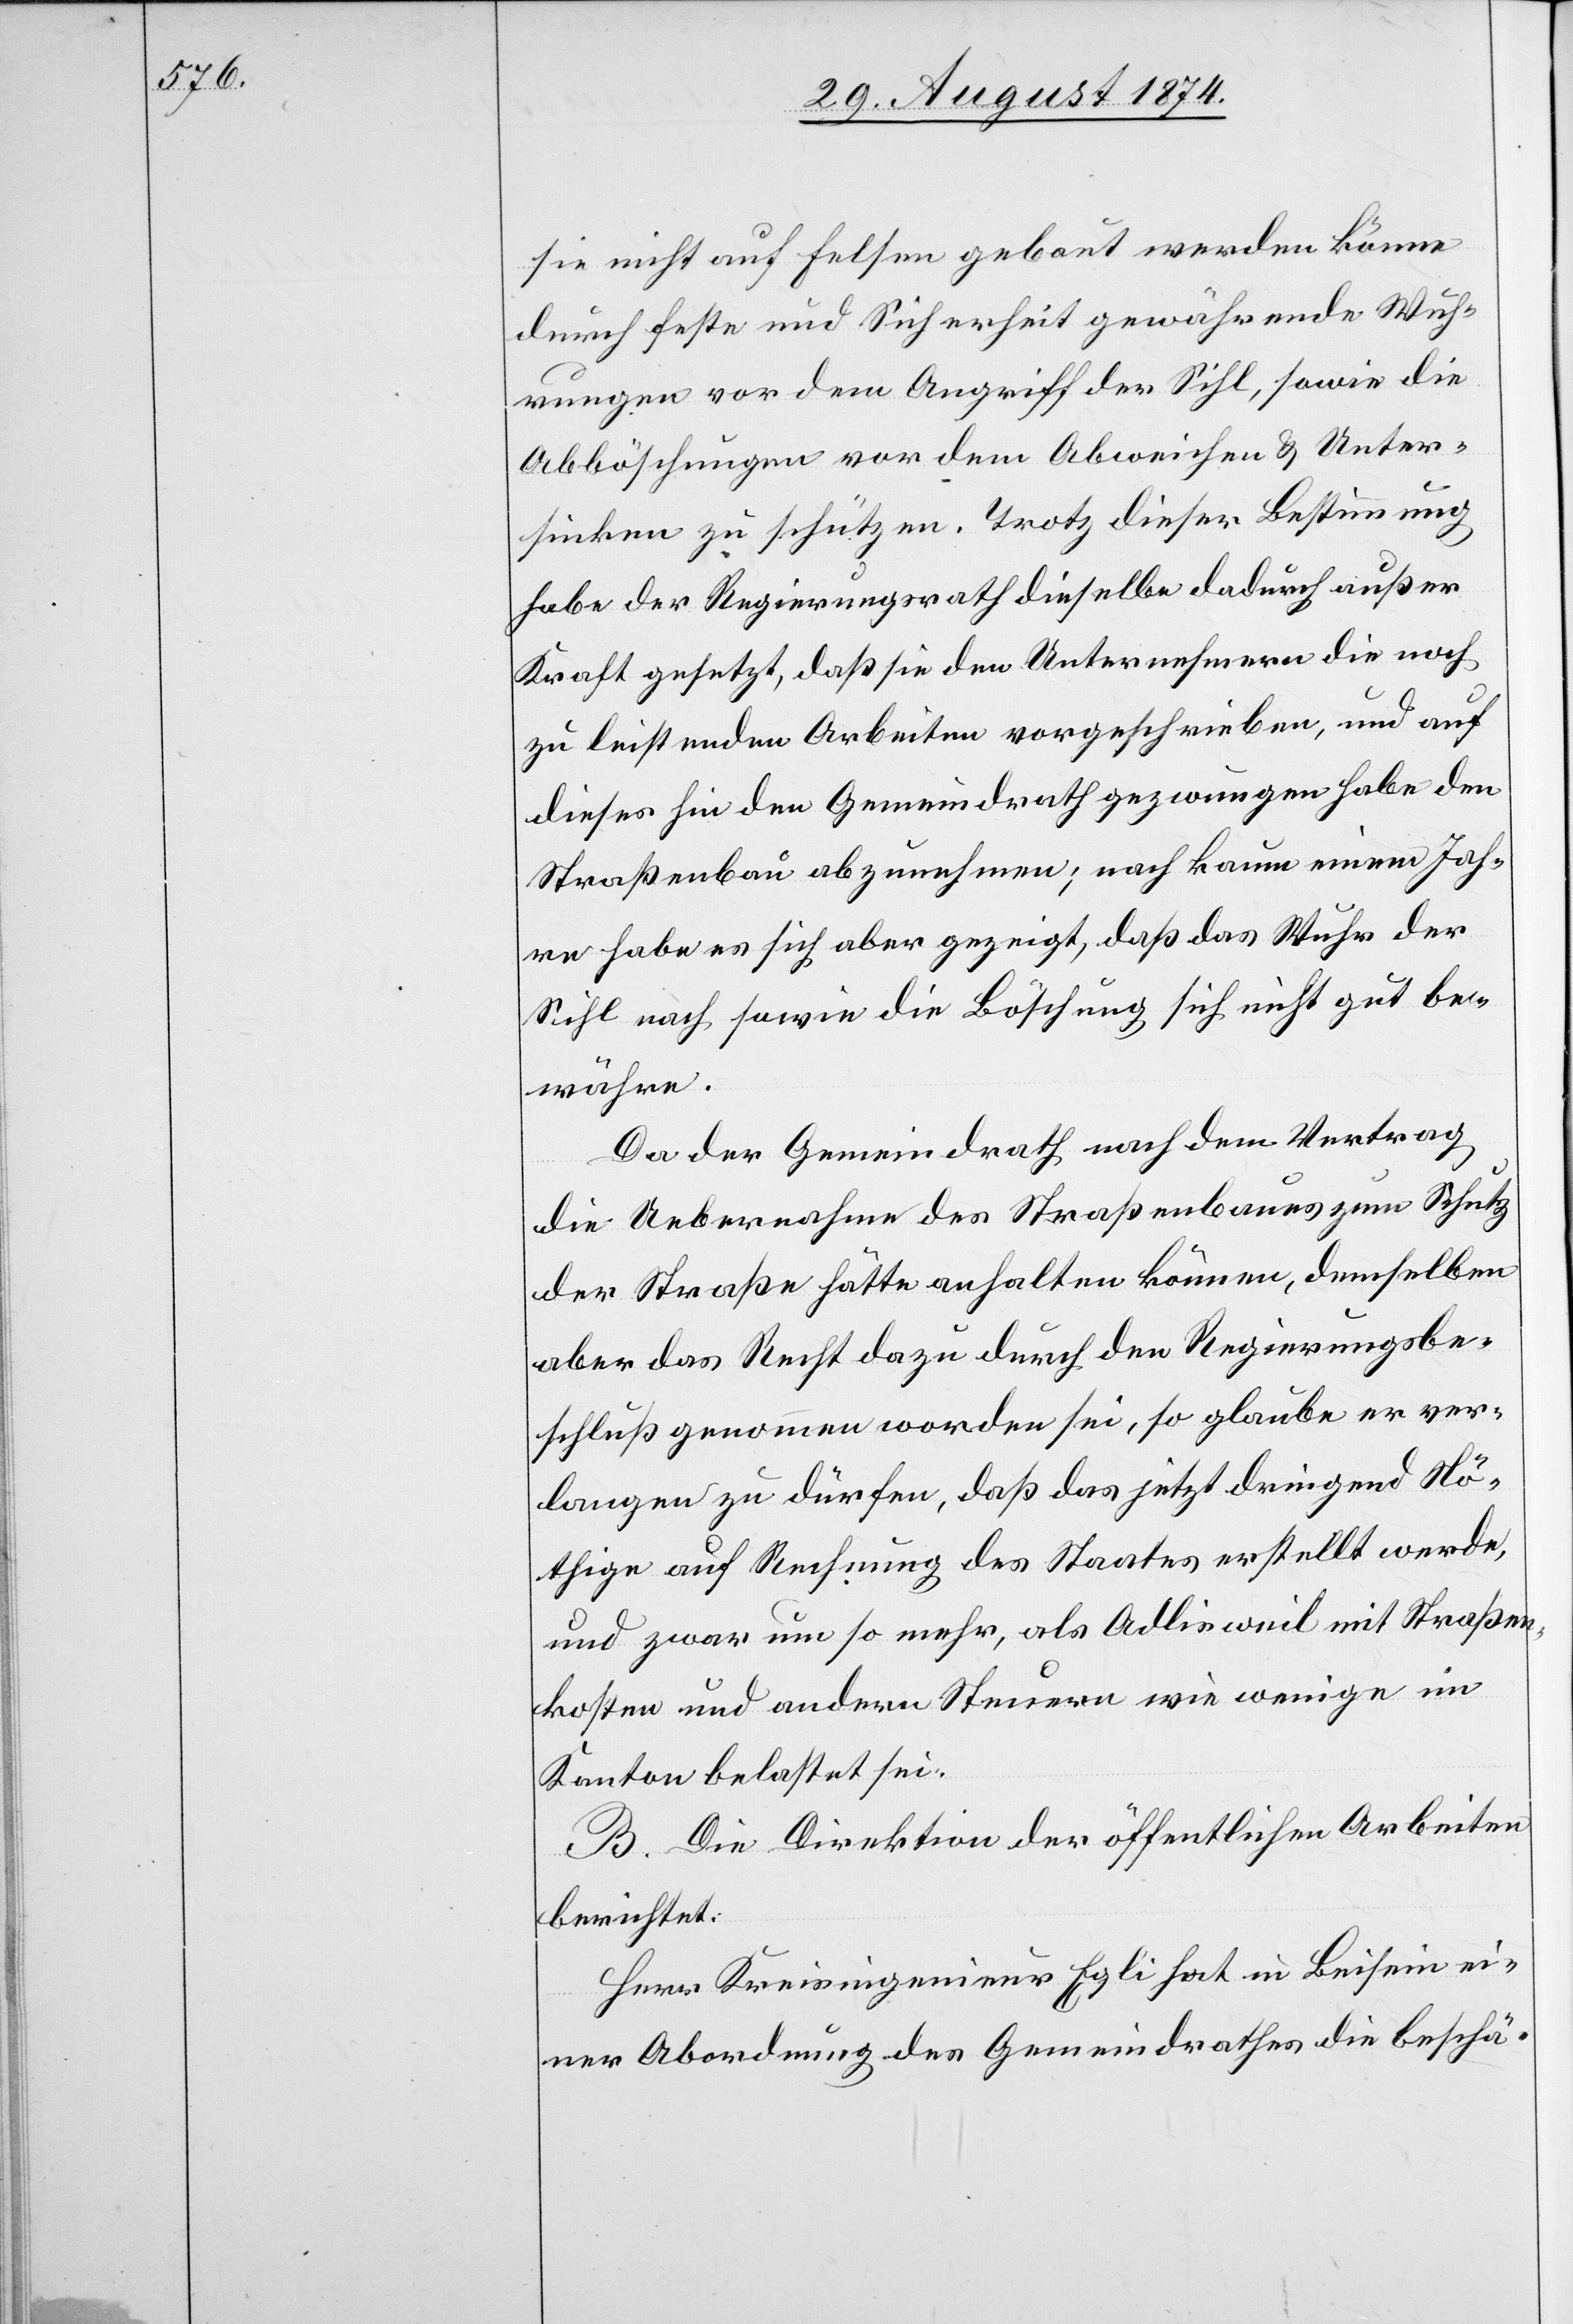
sie nicht auf Felsen gebaut werden könne
durch feste und Sicherheit gewährende Wuh¬
rungen vor dem Angriff der Sihl, sowie die
Abböschungen vor dem Abweichen u. Unter¬
sinken zu schützen. Trotz dieser Bestimmung
habe der Regierungsrath dieselbe dadurch außer
Kraft gesetzt, daß sie den Unternehmern die noch
zu leistenden Arbeiten vorgeschrieben, und auf
dieses hin den Gemeindrath gezwungen habe, den
Straßenbau abzunehmen; nach kaum einem Jah¬
re habe sich aber gezeigt, daß das Wuhr der
Sihl nach sowie die Böschung sich nicht gut be¬
währe.
Da der Gemeindrath nach dem Vertrag
die Uebernahme des Straßenbaues zum Schutz
der Straße hätte anhalten können, demselben
aber das Recht dazu durch den Regierungsbe¬
schluß genommen worden sei, so glaube er ver¬
langen zu dürfen, daß das jetzt dringend Nö¬
thige auf Rechnung des Staates erstellt werde,
und zwar um so mehr, als Adlisweil mit Straßen¬
kosten und andern Steuern wie wenige im
Kanton belastet sei.
B. Die Direktion der öffentlichen Arbeiten
berichtet:
Herr Kreisingenieur Egli hat in Beisein ei¬
ner Abordnung des Gemeindrathes die beschä-